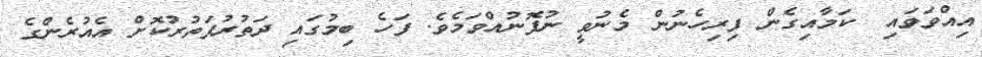
އިއްވަވައި  ކަމާއިގެން ފިރިހެނުން މެނުވީ ނުފޮނުއްވަމެވެ. ފަހެ ބިމުގައި ދަތުރުފަތުރުކޮށް އެއުރެންގެ